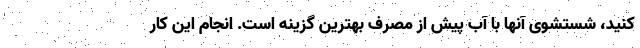
کنید، شستشوی آنها با آب پیش از مصرف بهترین گزینه است. انجام این کار